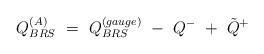
LaTeX: \begin{align*}Q^{(A)}_{BRS} ~=~Q^{(gauge)}_{BRS} ~-~Q^{-}~+~{\tilde Q}^{+}\end{align*}